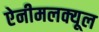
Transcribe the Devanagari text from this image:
ऐनीमलक्यूल